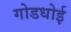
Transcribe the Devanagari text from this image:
गोडधोई